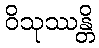
ဝိသုဿန္တိ